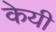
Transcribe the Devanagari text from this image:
केयी